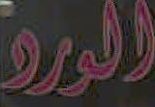
الورد